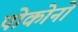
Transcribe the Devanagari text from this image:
पोकोनो